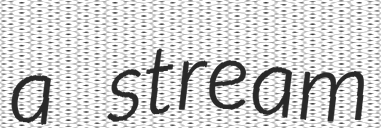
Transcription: a stream